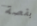
بقصة